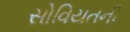
સોવિયતની